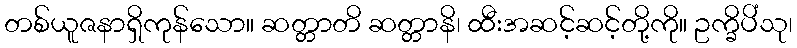
တစ်ယူဇနာရှိကုန်သော။ ဆတ္တာတိ ဆတ္တာနိ၊ ထီးအဆင့်ဆင့်တို့ကို။ ဥက္ခိပိံသု၊